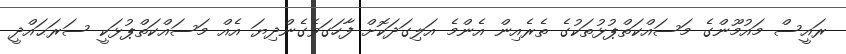
ރައީސް މައުމޫންގެ މަސައްކަތްޕުޅުތަކުގެ ތެރެއިން އެންމެ އަލިގަދަކޮށް ފާހަގަވެގެންދިޔަ އެއް މަސައްކަތްޕުޅަކީ ސަރަޙައްދީ